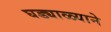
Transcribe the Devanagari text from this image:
घड्याळ्याने